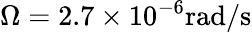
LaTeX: \Omega=2.7\times 10^{-6}\mathrm{rad/s}